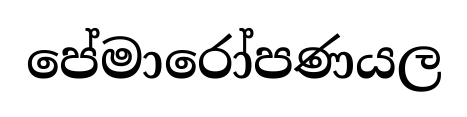
පේමාරෝපණයල